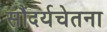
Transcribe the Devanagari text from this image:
सौंदर्यचेतना